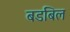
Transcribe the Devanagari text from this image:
बडबिल